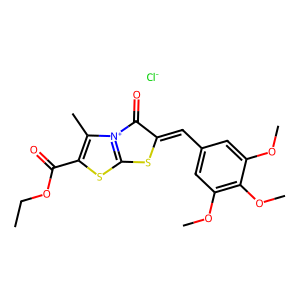
SMILES: CCOC(=O)c1sc2[n+](c1C)C(=O)C(=Cc1cc(OC)c(OC)c(OC)c1)S2.[Cl-]
Inhibits HIV replication: No